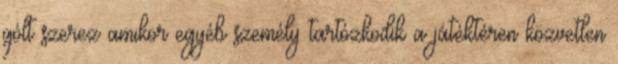
gólt szerez amikor egyéb személy tartózkodik a játéktéren közvetlen